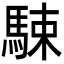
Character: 駷